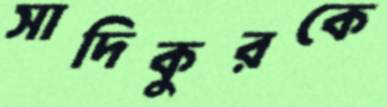
সাদিকুরকে